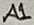
Text: A1